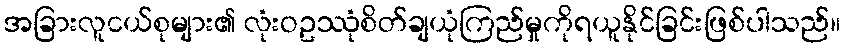
အခြားလူငယ်စုများ၏ လုံးဝဥဿုံစိတ်ချယုံကြည်မှုကိုရယူနိုင်ခြင်းဖြစ်ပါသည်။